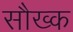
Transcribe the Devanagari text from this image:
सौख्क